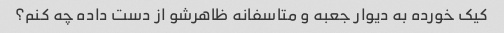
کیک خورده به دیوار جعبه و متاسفانه ظاهرشو از دست داده چه کنم؟